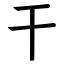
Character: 干